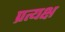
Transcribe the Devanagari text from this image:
प्रत्यक्ष